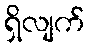
ရှိလျက်